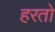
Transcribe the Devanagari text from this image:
हरतो